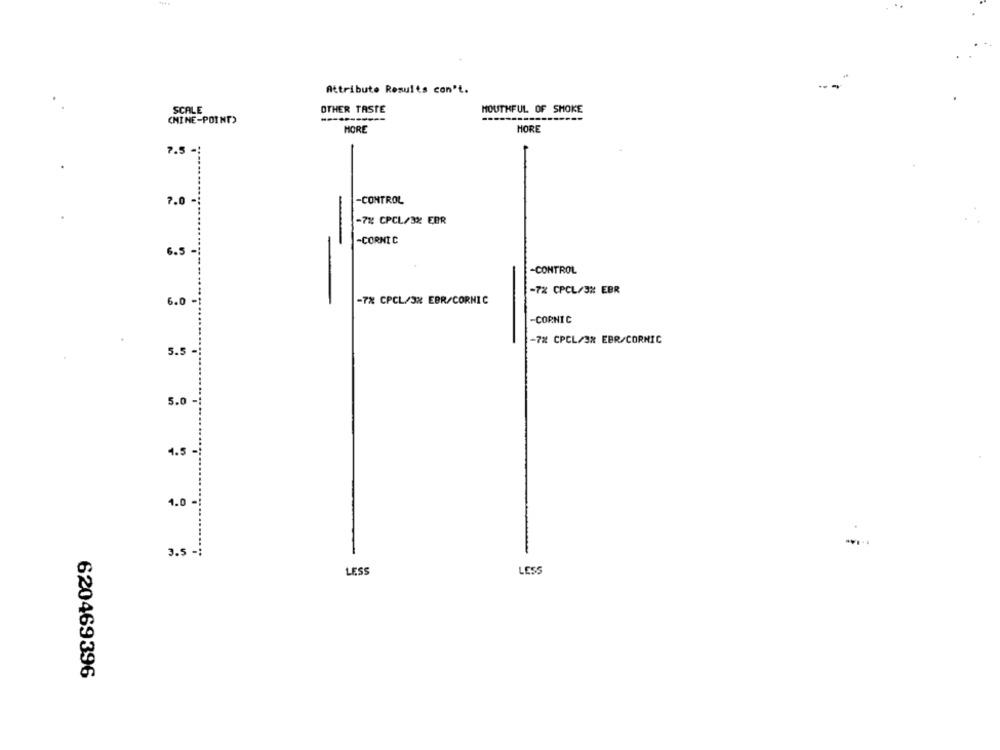
Attribute Results con't.
SCALE
OTHER TASTE
MOUTHFUL OF SMOKE
CHINE-POINT)
HORE
MORE
7.5 -
7.0
-CONTROL
-7% CPCL/3% EBR
-CORNT C
6.5 -
-CONTROL
-72 CPCL/3% EBR
6.0
-7X CPCL/3% EBR/CORNIC
-CORNIC
-7% CPCL/38 EBR/CORNIC
5.5 -
5.0 -
4.5-
1.0 -
3.5 -
LESS
LESS
620469396